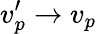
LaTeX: v_{p}^{\prime}\rightarrow v_{p}